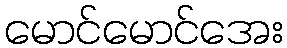
မောင်မောင်အေး